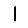
Digit: 1